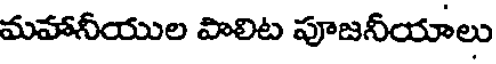
మహానీయుల పాలిట పూజనీయాలు